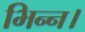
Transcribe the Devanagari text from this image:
भिन्‍न।